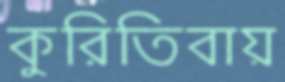
কুরিতিবায়